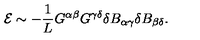
{ \cal E } \sim - \frac { 1 } { L } G ^ { \alpha \beta } G ^ { \gamma \delta } \delta B _ { \alpha \gamma } \delta B _ { \beta \delta } .